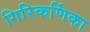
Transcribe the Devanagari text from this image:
गिरिकर्णिका